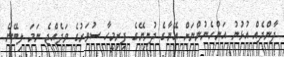
ދާންދެއް އުޅުނު އަންހެނުންނަށް އޭނާގެ ދުނިޔޭގެ ފިރިމީހާ ސުވަރުގެ ވަދެއްޖެ ނަމަ ލިބޭނެ